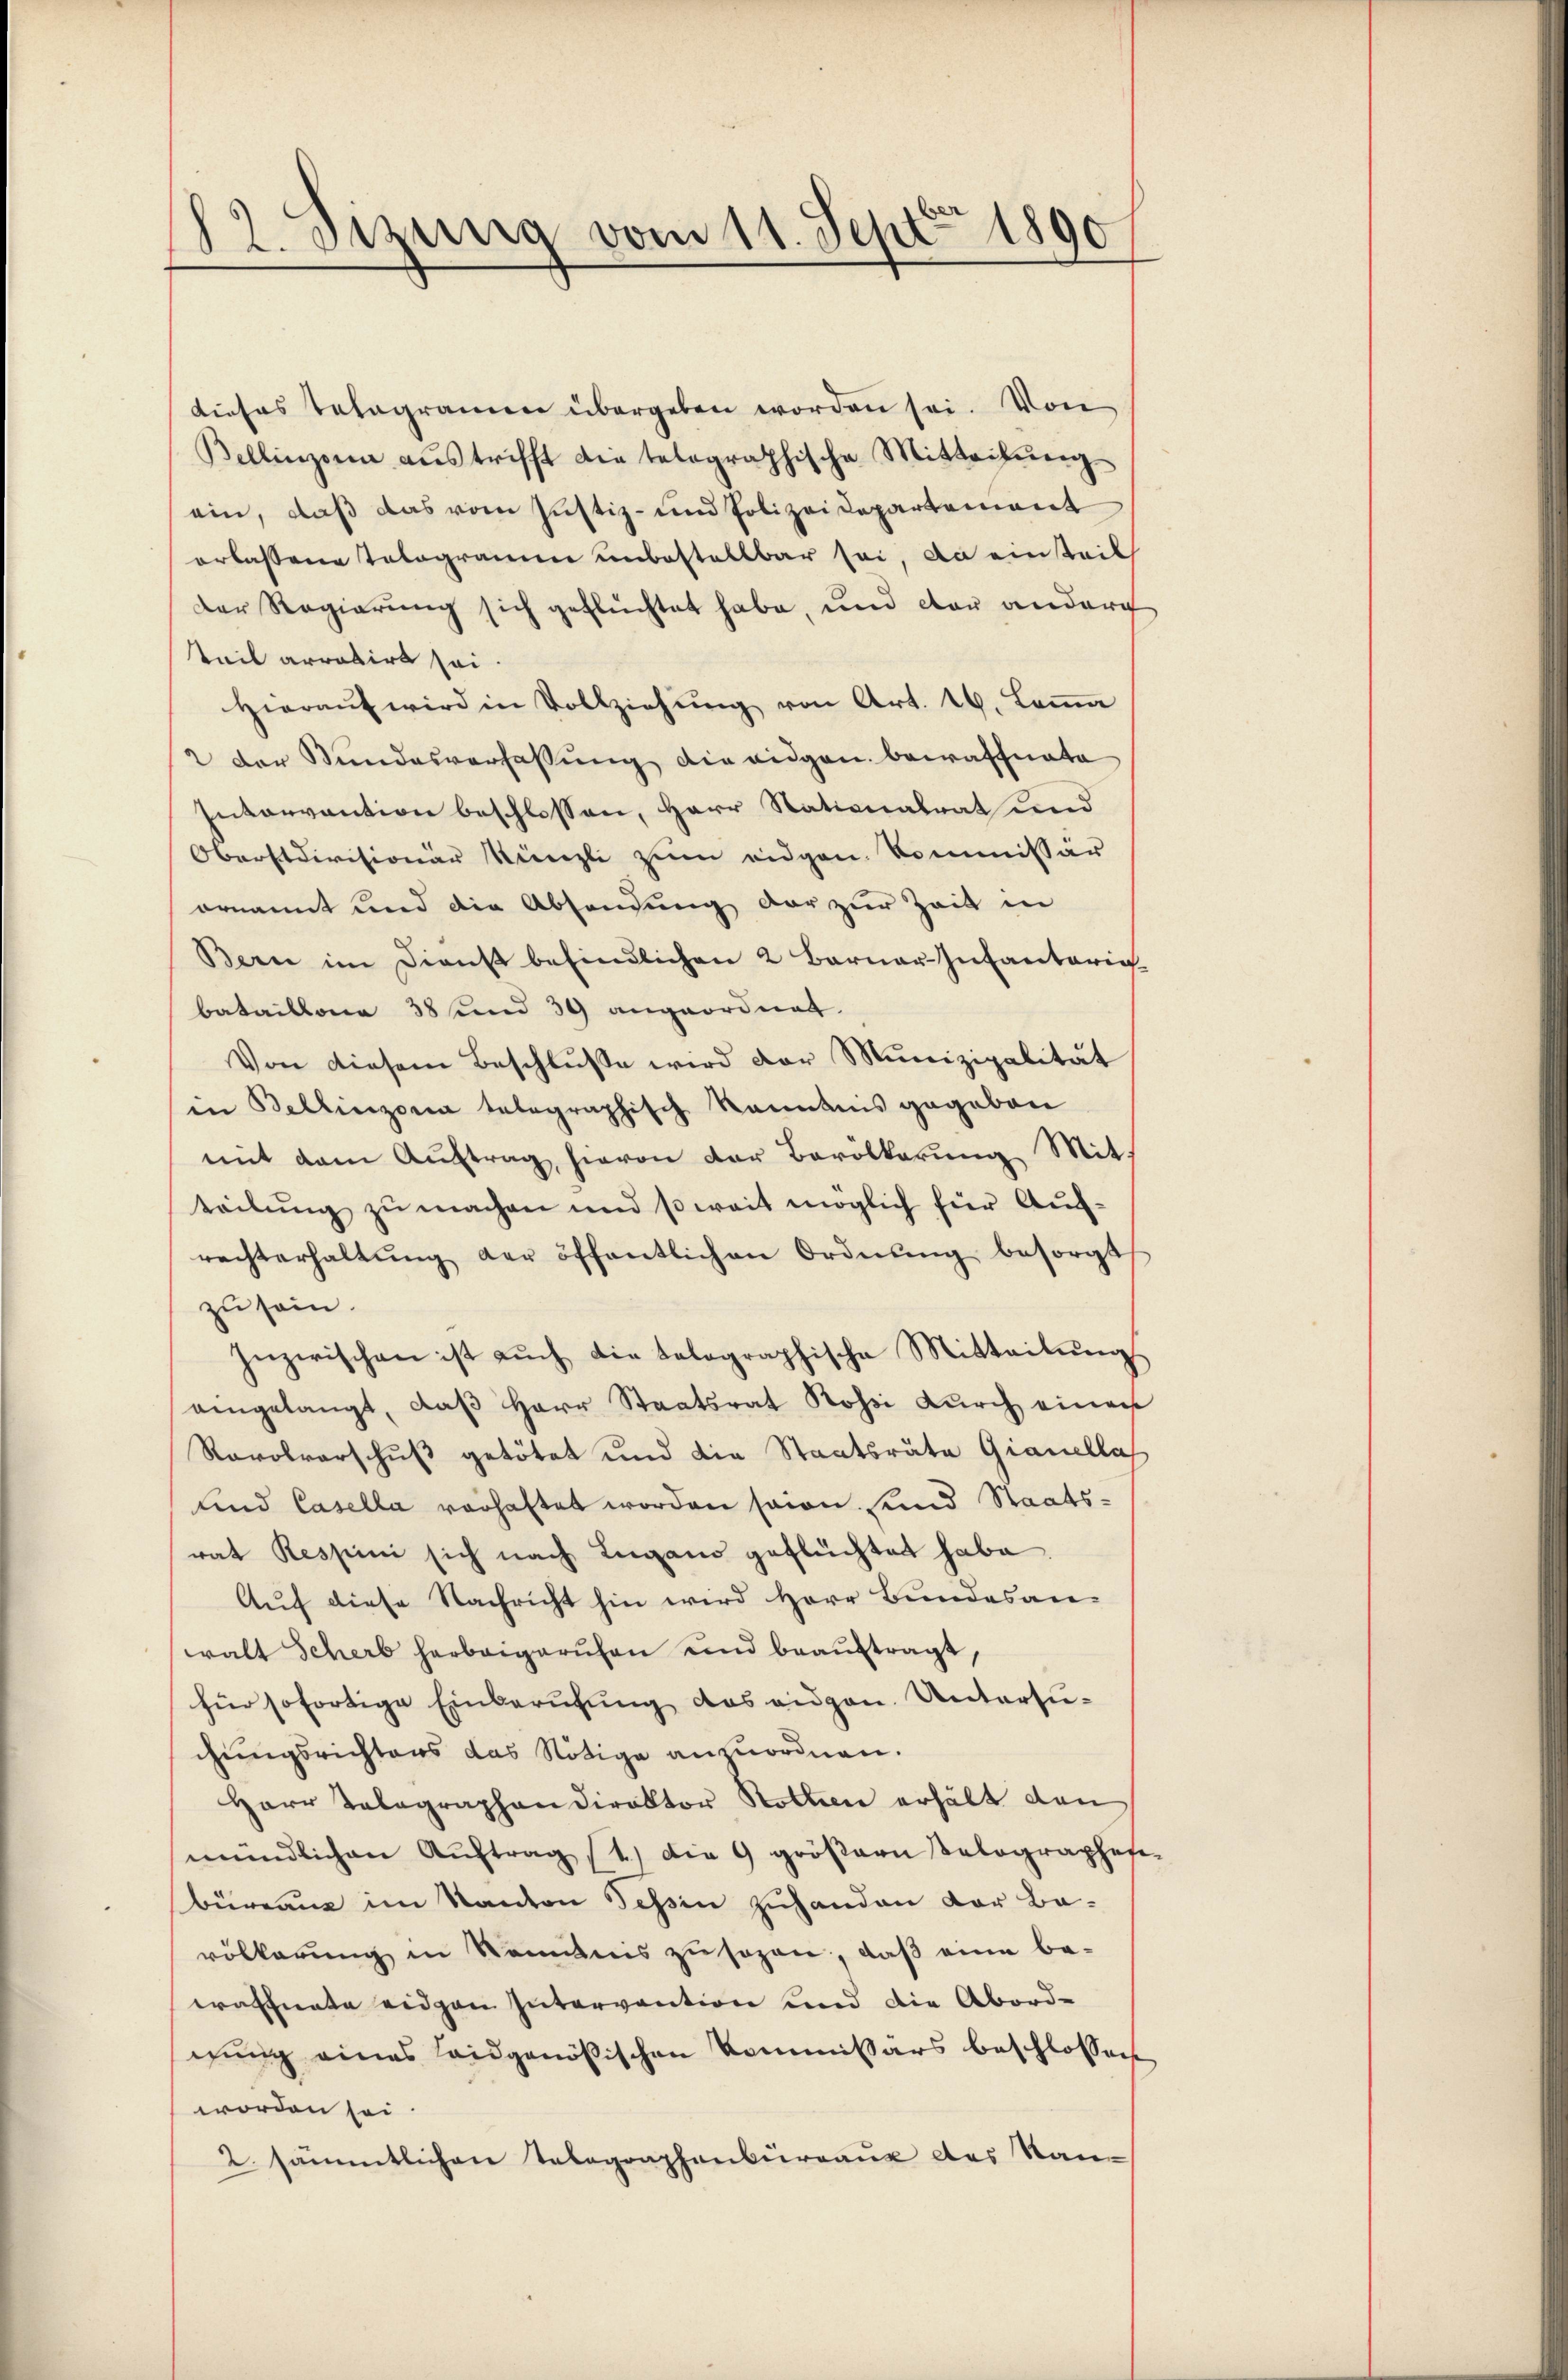
12. Sizung vom 11. Sept 1890

dieses Telegramen übergeben worden sei. Von
Bellinzona aŭs trifft die telographische Mitteilŭng
ein, daß das vom Justiz- und Polizeidepartement
erlassene Tolograme unbestellbar sei, da einsteil
Der Regierung sich geflüchtet habe, und der andern
teil arrabirt sei
Hieraŭf wird in Vollziehŭng von Art. 16. Loṁa
2 der Stundesverfassŭng die eidgen. bewaffnete
Intervantion beschlossen, Herr Stationalrat und
Oberstdivisionär Künzli zum eidgen. Kommissär
ornannt und die Absendung der zur Zeit in
Bern im Dienst befindlichen 2 Barner Infanteriebataillone 38 und 39 angeordnet.
Von diesem Beschlŭsse wird der Munizipalität
in Bellinzona telegraphisch kanntnis gegeben
mit dem Auftrag hievon der Bevolkerung Mitteilŭng zŭ machen und soweit möglich für Auf-
rechterhaltŭng der öffentlichen Ordnŭng besorgt
zu sein.
Inzwischen ist aŭch die tolographische Mitteilŭng
angelangt, daβ Herr Staatsrat Rossi dŭrch einer
Ravolverschuß getötet und die Staatsräte Gianellas
und Casella vorhaftet worden sein sind Staatsrat Respini sich nach Lugano geflüchtet habe
Auf diese Nachricht hin wird Herr Bundesan-
walt Scherb herbeigeruhen und beaŭftragt,
für sofortige Einberufung das eigen. Untersuchungsrichtens das Nötige anzuordnen.
Herr Telegraphen direktor Rotter erhält den
mündlichen Aŭftrag (2.) Die 9 größern Velographes
büreau im Kanton Tessin zuhanden der Bavölkerung in Nominis zu sagen, daß eine be-
eraffnete eidgen Intervention und die Abord-
gung eines leidgenößischen Kommissärs beschlossen
worden sei.
2. sämmtlichen Telegraphenbüreaux des San¬